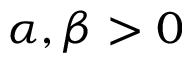
\alpha , \beta > 0